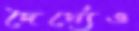
দৈর্ঘ্যেও